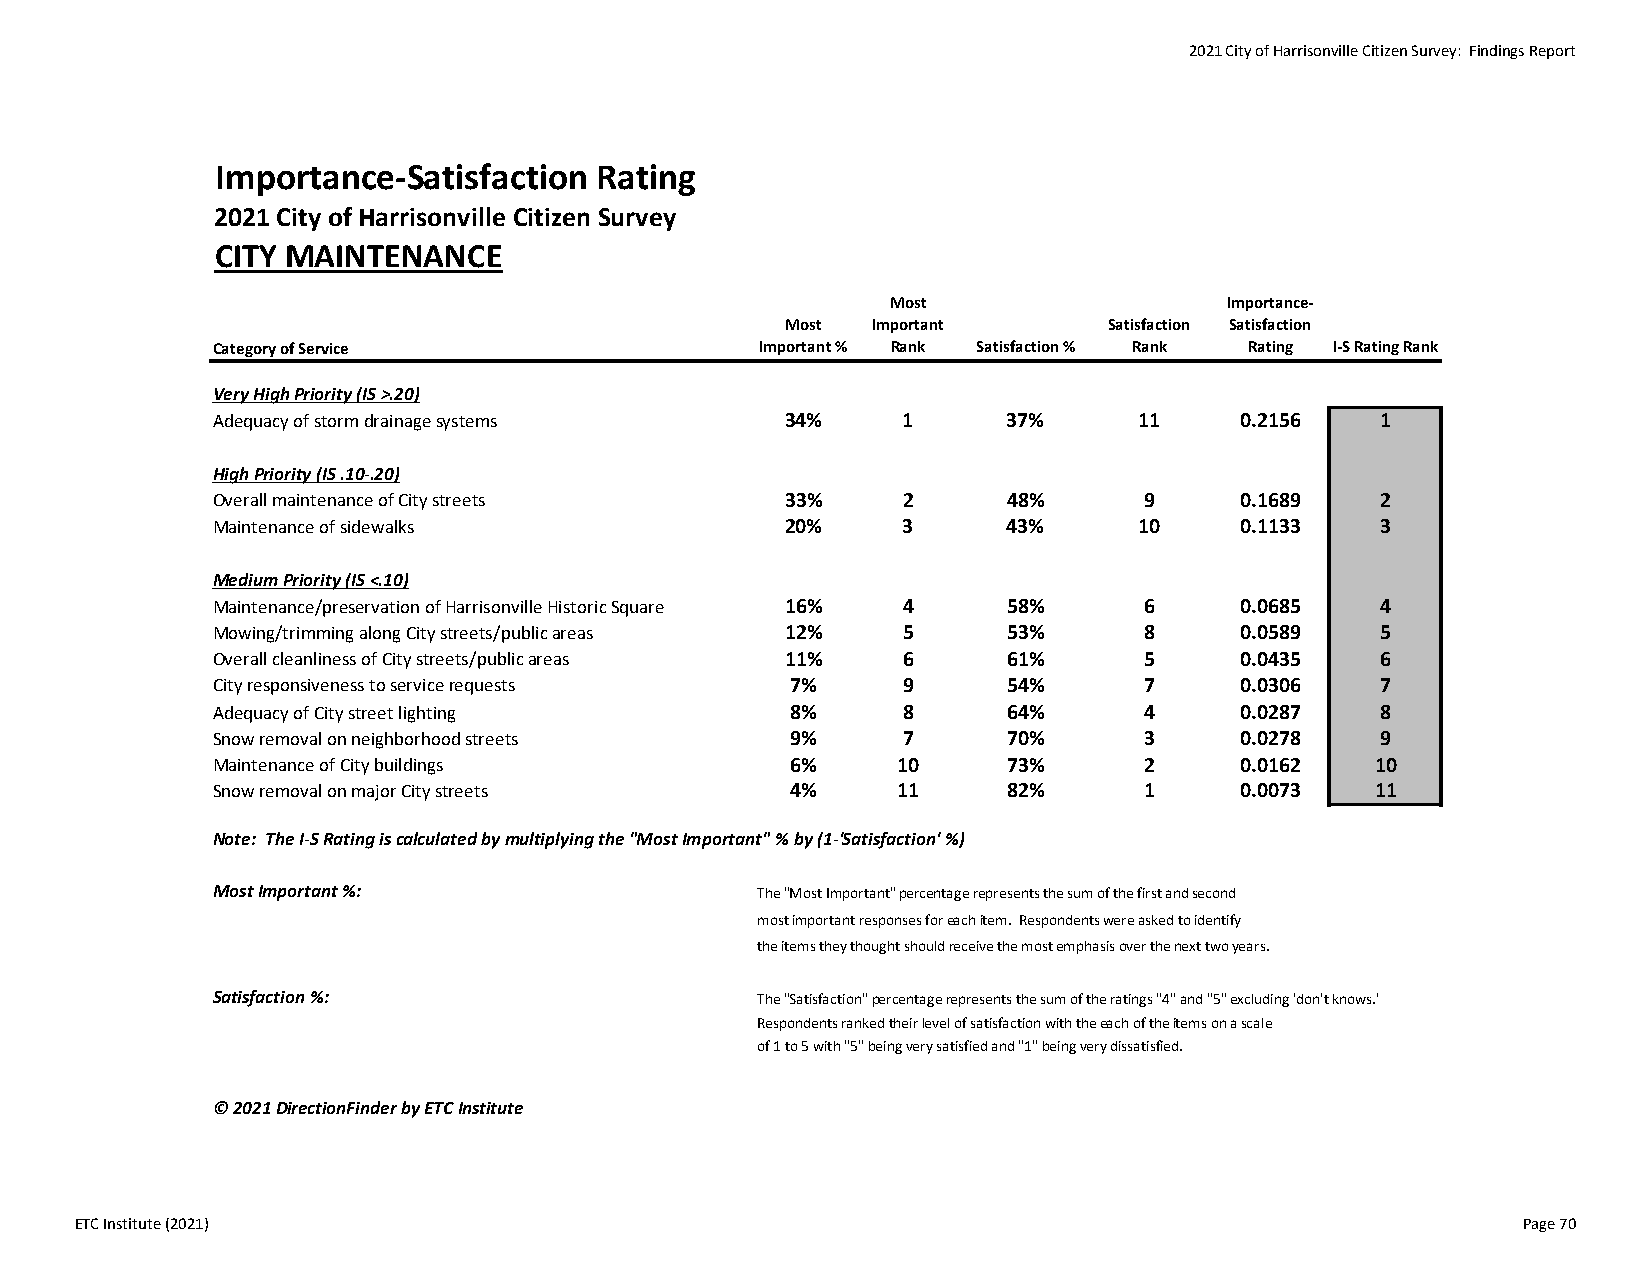
2021 City of Harrisonville Citizen Survey: Findings Report
 Importance‐Satisfaction  Rating
 2021 City of Harrisonville Citizen Survey
 CITY MAINTENANCE
 Most                  Importance‐
 Most  Important      Satisfaction Satisfaction
 Category of Service                 Important % Rank Satisfaction % Rank Rating I‐S Rating Rank
 Very High Priority (IS >.20)
 Adequacy of storm drainage systems    34%     1      37%     11     0.2156   1
 High Priority (IS .10‐.20)
 Overall maintenance of City streets   33%     2      48%      9     0.1689   2
 Maintenance of sidewalks              20%     3      43%     10     0.1133   3
 Medium Priority (IS <.10)
 Maintenance/preservation of Harrisonville Historic Square 16% 4 58% 6 0.0685 4
 Mowing/trimming along City streets/public areas 12% 5 53%     8     0.0589   5
 Overall cleanliness of City streets/public areas 11% 6 61%    5     0.0435   6
 City responsiveness to service requests 7%    9      54%      7     0.0306   7
 Adequacy of City street lighting      8%      8      64%      4     0.0287   8
 Snow removal on neighborhood streets  9%      7      70%      3     0.0278   9
 Maintenance of City buildings         6%     10      73%      2     0.0162   10
 Snow removal on major City streets    4%     11      82%      1     0.0073   11
 Note: The I‐S Rating is calculated by multiplying the "Most Important" % by (1‐'Satisfaction' %)
 Most Important %:                   The "Most Important" percentage represents the sum of the first and second
 most important responses for each item. Respondents were asked to identify
 the items they thought should receive the most emphasis over the next two years.
 Satisfaction %:                     The "Satisfaction" percentage represents the sum of the ratings "4" and "5" excluding 'don't knows.'
 Respondents ranked their level of satisfaction with the each of the items on a scale
 of 1 to 5 with "5" being very satisfied and "1" being very dissatisfied.
 © 2021 DirectionFinder by ETC Institute
 ETC Institute (2021)                                                                            Page 70